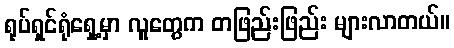
ရုပ်ရှင်ရုံရှေ့မှာ လူတွေက တဖြည်းဖြည်း များလာတယ်။